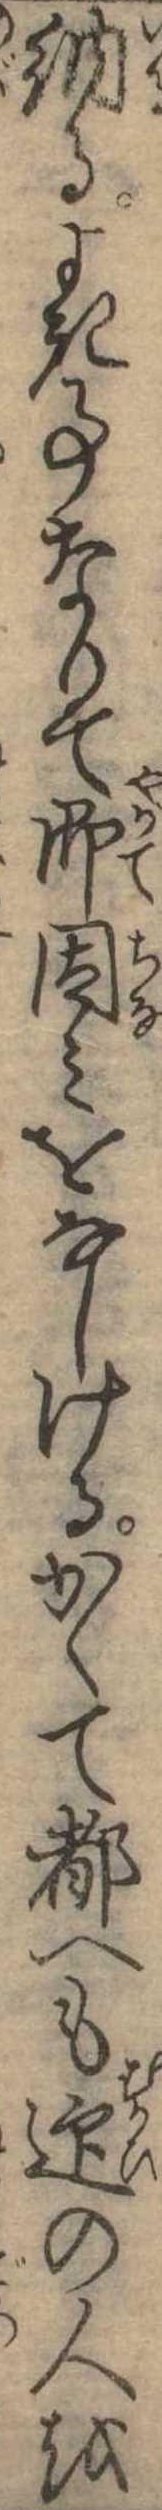
納るよき事なりて即因みをなしけるかくて都へも迎の人を